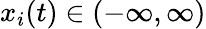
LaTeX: x_{i}(t)\in(-\infty,\infty)